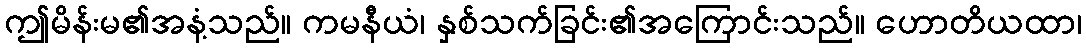
ဤမိန်းမ၏အနံ့သည်။ ကမနီယံ၊ နှစ်သက်ခြင်း၏အကြောင်းသည်။ ဟောတိယထာ၊